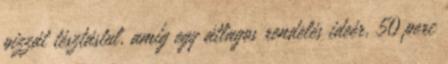
pizzát tésztástul, amíg egy átlagos rendelés ideér, 50 perc